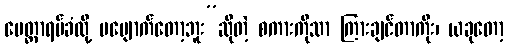
မေတ္တာရပ်ခံလို့ မပျောက်တော့ဘူး”ဆိုတဲ့ စကားကိုသာ ကြားချင်တာကိုး၊ ယခုတော့